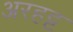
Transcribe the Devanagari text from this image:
अरहट्ट